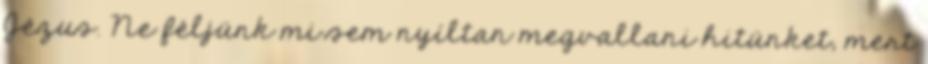
Jézus. Ne féljünk mi sem nyíltan megvallani hitünket, mert